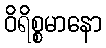
ဝိရိစ္စမာနော